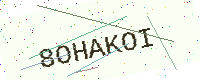
Text: 8OHAKOI